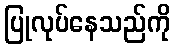
ပြုလုပ်နေသည်ကို